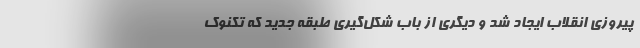
پیروزی انقلاب ایجاد شد و دیگری از باب شکل‌گیری طبقه جدید که تکنوک